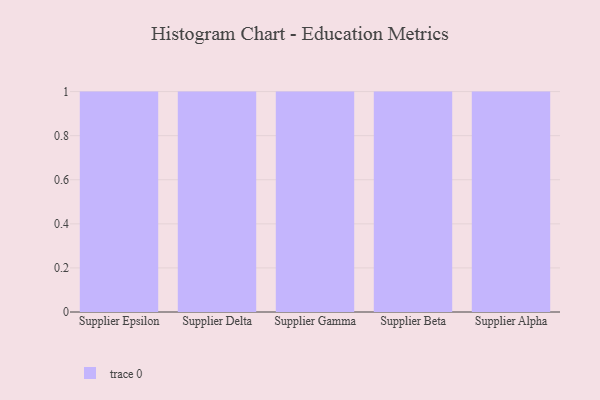
{"axis": {"x": "Supplier", "y": "Satisfaction Score"}, "legend": [""], "data": [{"x": "Supplier Epsilon", "y": 55, "type": ""}, {"x": "Supplier Delta", "y": 21, "type": ""}, {"x": "Supplier Gamma", "y": 89, "type": ""}, {"x": "Supplier Beta", "y": 61, "type": ""}, {"x": "Supplier Alpha", "y": 87, "type": ""}]}